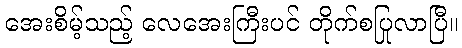
အေးစိမ့်သည့် လေအေးကြီးပင် တိုက်စပြုလာပြီ။